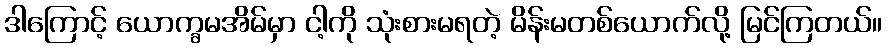
ဒါကြောင့် ယောက္ခမအိမ်မှာ ငါ့ကို သုံးစားမရတဲ့ မိန်းမတစ်ယောက်လို့ မြင်ကြတယ်။